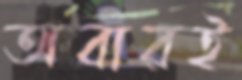
অবারই